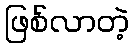
ဖြစ်လာတဲ့